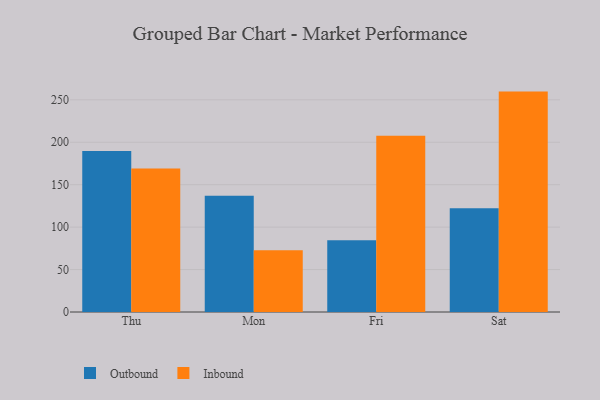
{"axis": {"x": "Day", "y": "Waste Production (Tons)"}, "legend": ["Inbound", "Outbound"], "data": [{"x": "Thu", "y": 189.8, "type": "Outbound"}, {"x": "Thu", "y": 169.2, "type": "Inbound"}, {"x": "Mon", "y": 136.9, "type": "Outbound"}, {"x": "Mon", "y": 72.8, "type": "Inbound"}, {"x": "Fri", "y": 84.6, "type": "Outbound"}, {"x": "Fri", "y": 207.7, "type": "Inbound"}, {"x": "Sat", "y": 122.3, "type": "Outbound"}, {"x": "Sat", "y": 259.7, "type": "Inbound"}]}